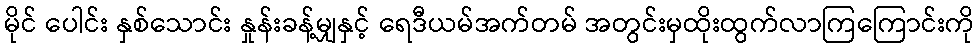
မိုင် ပေါင်း နှစ်သောင်း နှုန်းခန့်မျှနှင့် ရေဒီယမ်အက်တမ် အတွင်းမှထိုးထွက်လာကြကြောင်းကို